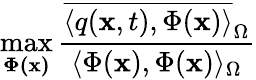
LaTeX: \operatorname*{max}_{\mathbf{\Phi(\mathbf{x})}}\frac{\overline{{\langle q(\mathbf{x},t),\Phi(\mathbf{x})\rangle}}_{\Omega}}{\langle\Phi(\mathbf{x}),\Phi(\mathbf{x})\rangle_{\Omega}}